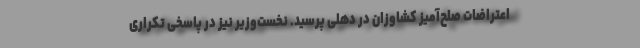
اعتراضات صلح‌آمیز کشاوزان در دهلی پرسید. نخست‌وزیر نیز در پاسخی تکراری